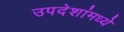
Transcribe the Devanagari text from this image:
उपदेशांमध्ये